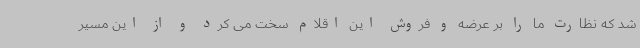
شد که نظارت ما را بر عرضه و فروش این اقلام سخت می کرد و از این مسیر